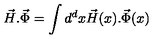
\vec { H } . \vec { \Phi } = \int d ^ { d } x \vec { H } ( x ) . \vec { \Phi } ( x )